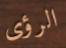
الرؤى